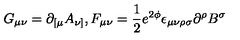
G _ { \mu \nu } = \partial _ { [ \mu } A _ { \nu ] } , F _ { \mu \nu } = \frac { 1 } { 2 } e ^ { 2 \phi } \epsilon _ { \mu \nu \rho \sigma } \partial ^ { \rho } B ^ { \sigma }